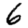
Digit: 6